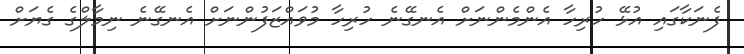
ފެނަކާގައި އުޅޭ ހުރިހާ އެންމެންނަށް އެނގޭނެ ހުރިހާ މުވައްޒަފުންނަށް އެނގޭނެ ނިމާލްގެ ގެޔަށް